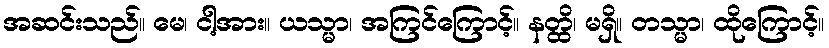
အဆင်းသည်။ မေ၊ ငါ့အား။ ယသ္မာ၊ အကြင်ကြောင့်။ နတ္ထိ၊ မရှိ။ တသ္မာ၊ ထိုကြောင့်။